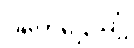
ဝိဟေဌေယျုံ